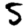
Digit: 5